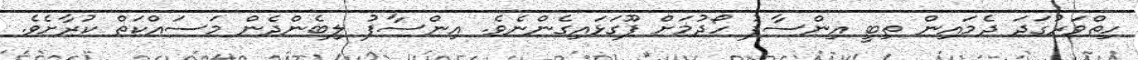
ހިތްވަރުގަދަ ދެމައިން ތިބީ އިންސާފު ހޯދުމަށް ފޫގަޅައިގެންނެވެ. އިންސާފު ލިބެންދެން މަސައްކަތް ކުރާށެވެ.